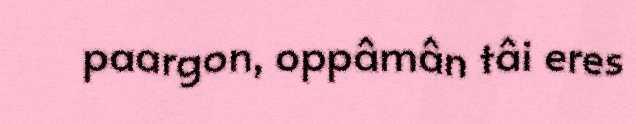
paargon, oppâmân tâi eres